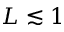
L \lesssim 1